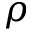
\rho